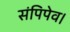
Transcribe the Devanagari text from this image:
संपिपेव।